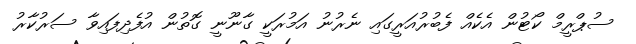
ސުޕްރީމް ކޯޓުން އެކެއް ފެބުރުއަރީގައި ނެރުނު އަމުރަކީ ގާނޫނީ ގޮތުން އުފެދިފައިވާ ސަރުކާރު